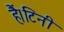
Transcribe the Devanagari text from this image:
हैं।टिनी